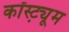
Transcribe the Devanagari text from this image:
कॉस्ट़्यूम